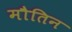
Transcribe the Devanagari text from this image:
मौतिन